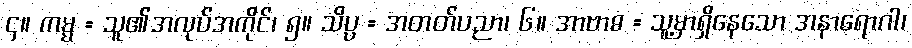
၄။ ကမ္မ = သူ၏အလုပ်အကိုင်၊ ၅။ သိပ္ပ = အတတ်ပညာ၊ ၆။ အာဗာဓ = သူ့မှာရှိနေသော အနာရောဂါ၊